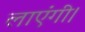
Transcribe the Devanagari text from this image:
लाएंगी।